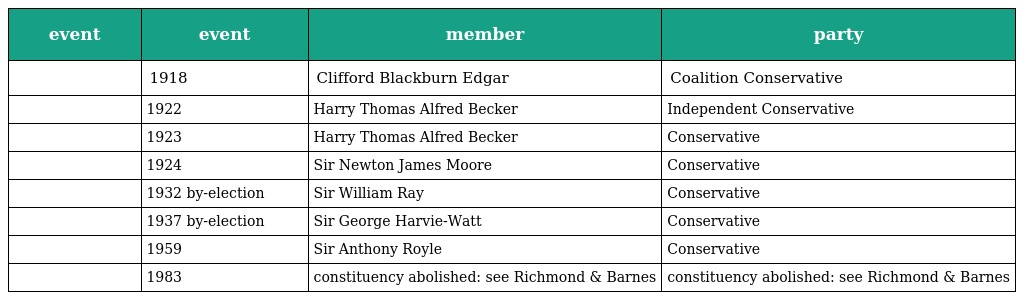
| event | event | member | party |
 | --- | --- | --- | --- |
 |  | 1918 | Clifford Blackburn Edgar | Coalition Conservative |
 |  | 1922 | Harry Thomas Alfred Becker | Independent Conservative |
 |  | 1923 | Harry Thomas Alfred Becker | Conservative |
 |  | 1924 | Sir Newton James Moore | Conservative |
 |  | 1932 by-election | Sir William Ray | Conservative |
 |  | 1937 by-election | Sir George Harvie-Watt | Conservative |
 |  | 1959 | Sir Anthony Royle | Conservative |
 |  | 1983 | constituency abolished: see Richmond & Barnes | constituency abolished: see Richmond & Barnes |